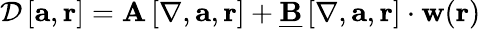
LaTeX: \begin{array}{r}{\begin{array}{r}{\mathcal{D}\left[\mathbf{a},\mathbf{r}\right]=\mathbf{A}\left[\mathbf{\nabla},\mathbf{a},\mathbf{r}\right]+\underline{{\mathbf{B}}}\left[\mathbf{\nabla},\mathbf{a},\mathbf{r}\right]\cdot\mathbf{w}(\mathbf{r})}\end{array}}\end{array}